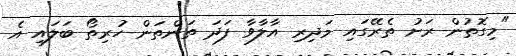
"މިގޮތުން ރަށު ތެރޭގައި މަދިރި އާލާވާ ފަދަ ތަންތަން ހުރިތޯ ބަލައި އެ